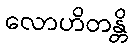
လောဟိတန္တိ